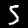
Label: 5